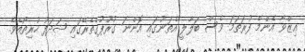
ޢިޒްވާ އެންމެ ފުރަތަމަ ވެސް ބަލާލީ އެތަނުގައި އޮންނަ ގުރޫޕުގެތެރޭގައި ޝަދަފު ހުރިތޯއެވެ.